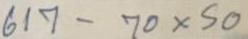
617 - 70 x 50